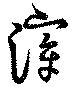
滔